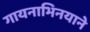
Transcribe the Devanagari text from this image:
गायनाभिनयाने